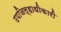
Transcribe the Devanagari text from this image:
उपजिल्हाधीकारी